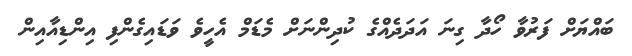
ބައްޔަށް ފަރުވާ ހޯދާ ގިނަ އަދަދެއްގެ ކުދިންނަށް މެޑަމް އެހީވެ ވަޑައިގެންފި އިންޑިއާއިން